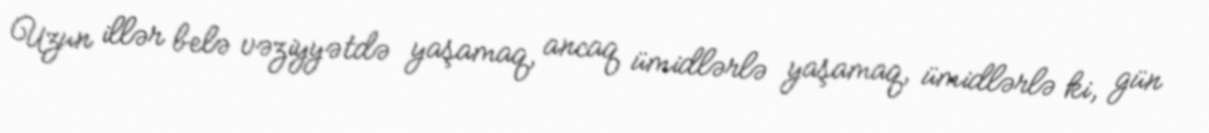
Uzun illər belə vəziyyətdə yaşamaq, ancaq ümidlərlə yaşamaq, ümidlərlə ki, gün